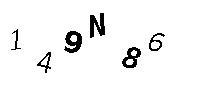
149N86